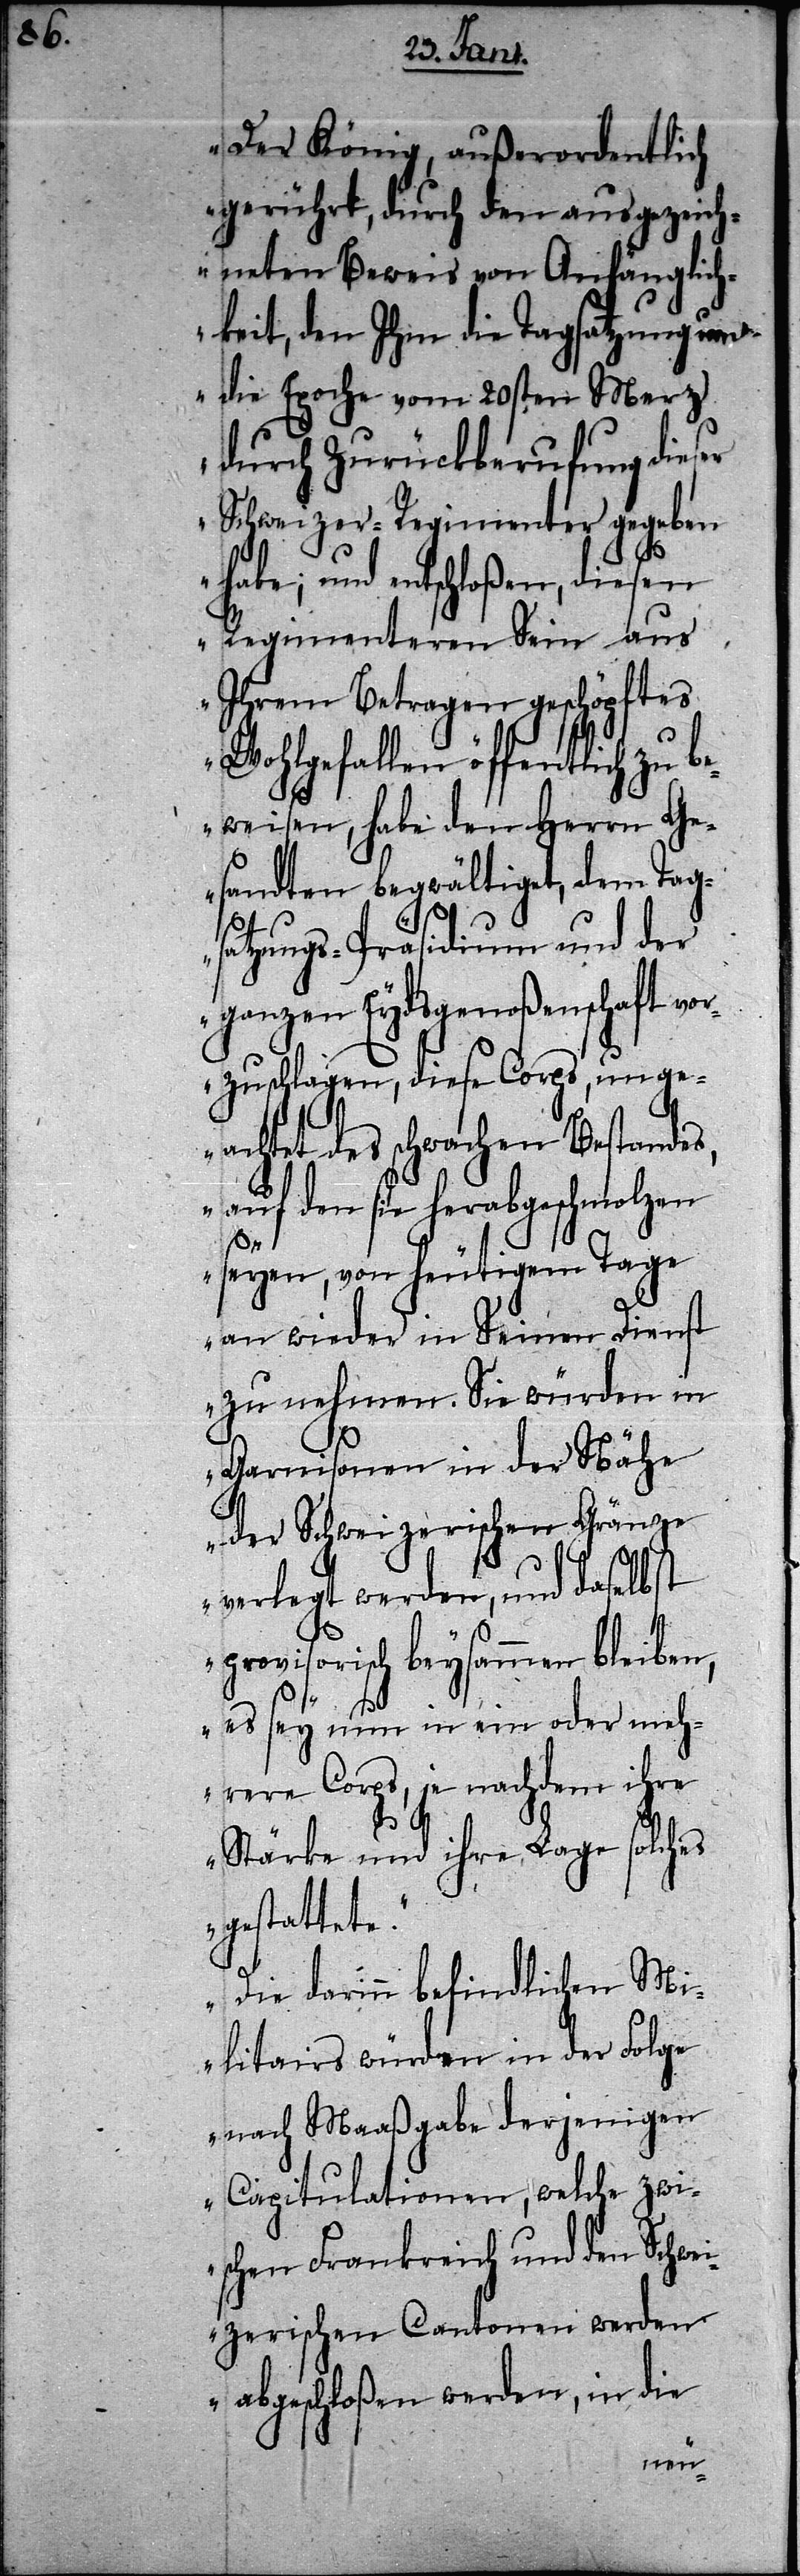
Der König, außerordentlich
gerührt, durch den ausgezeich¬
neten Beweis von Anhänglich¬
keit, den Ihm die Tagsatzung um
die Epoche vom 20sten Merz
durch Zurückberufung dieser
Schweizer-Regimenter gegeben
habe; und entschloßen, diesen
Regimenteren Sein aus
Ihrem Betragen geschöpftes
Wohlgefallen öffentlich zu be¬
weisen, habe den Herrn Ge¬
sandten begwältiget, dem Tag¬
satzungs-Präsidium und der
ganzen Eydsgenoßenschaft vo¬
rzuschlagen, diese Corps, unge¬
achtet des schwachen Bestandes,
auf den sie herabgeschmolzen
seyen, vom heutigen Tage
an wieder in Seinen Dienst
zu nehmen. Sie würden in
Garnisonen in der Nähe
der Schweizerischen Gränze
verlegt werden, und daselbst
provisorisch beysammen bleiben,
es sey nun in ein oder meh¬
rere Corps, je nachdem ihre
Stärke und ihre Lage solches
gestattete.“
„Die darinn befindlichen Mi¬
litairs würden in der Folge
nach Maaßgabe derjenigen
Capitulationen, welche zwi¬
schen Frankreich und den Schwei¬
zerischen Cantonen werden
abgeschloßen werden, in die